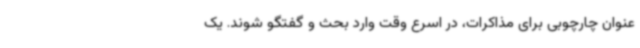
عنوان چارچوبی برای مذاکرات، در اسرع وقت وارد بحث و گفتگو شوند. یک